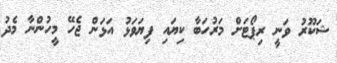
ޝަކޫރު ވަނީ ރިޕޯޓަށް މަރުހަބާ ކިޔައި ފިޔަވަޅު އަޅަން ޖެހޭ މީހުންނާ މެދު